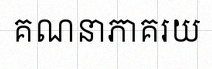
គណនាភាគរយ